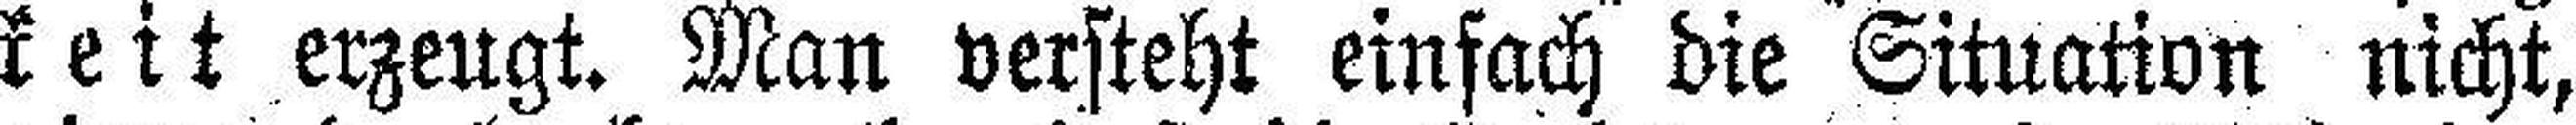
keit erzeugt. Man versteht einfach die Situation nicht,